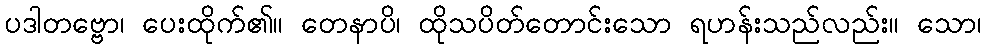
ပဒါတဗ္ဗော၊ ပေးထိုက်၏။ တေနာပိ၊ ထိုသပိတ်တောင်းသော ရဟန်းသည်လည်း။ သော၊